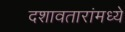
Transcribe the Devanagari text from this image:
दशावतारांमध्ये